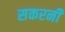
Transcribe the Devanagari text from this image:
सकरनी